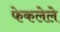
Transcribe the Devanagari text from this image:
फेकलेले